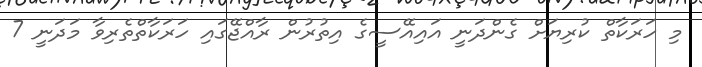
މި ހަރަކާތް ކުރިޔަށް ގެންދަނީ އައިއޭސީގެ އިތުރުން ރާއްޖޭގައި ހަރަކާތްތެރިވާ މަދަނީ 7